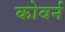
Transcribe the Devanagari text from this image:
कोवर्न